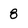
Character: 8